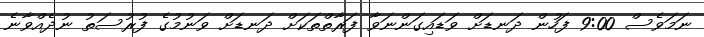
ނަމަވެސް 9:00 ފަހުން ދަނޑަށް ވަޑައިގަންނަވާ ފަރާތްތަކަށް ދަނޑަށް ވަނުމުގެ ފުރުސަތު ނުދެއްވާނެ